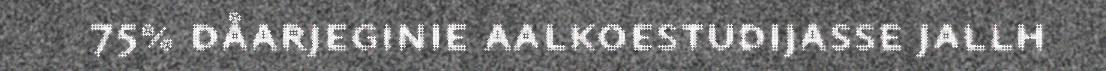
75% dåarjeginie aalkoestudijasse jallh